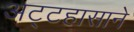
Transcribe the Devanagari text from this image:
अट्टहासाने